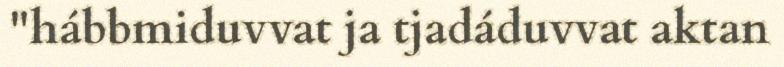
"hábbmiduvvat ja tjadáduvvat aktan